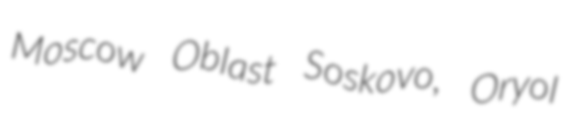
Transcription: Moscow Oblast Soskovo, Oryol